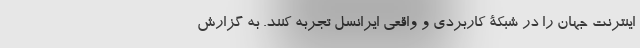
اینترنت جهان را در شبکۀ کاربردی و واقعی ایرانسل تجربه کنند. به گزارش